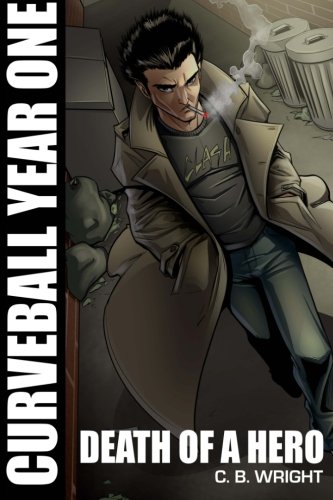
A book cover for Curveball Year One: Death of a Hero (Curveball Omnibus) (Volume 1); C. B. Wright; Science Fiction & Fantasy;